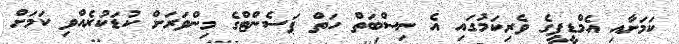
ކަމަށާއި އެމްޑީޕީގެ ވެރިކަމުގައި އެ ނިސްބަތް ހަތް ޕަސެންޓްގެ މިންވަރަށް ކުޑަކުރެއްވި ކަމަށް